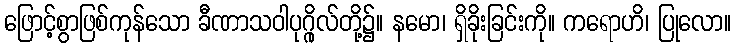
ဖြောင့်စွာဖြစ်ကုန်သော ခီဏာသဝါပုဂ္ဂိုလ်တို့၌။ နမော၊ ရှိခိုးခြင်းကို။ ကရောဟိ၊ ပြုလော။